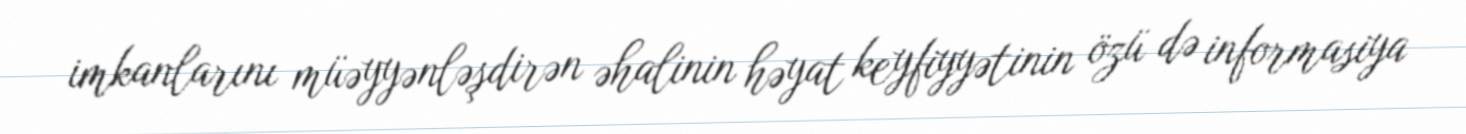
imkanlarını müəyyənləşdirən əhalinin həyat keyfiyyətinin özü də informasiya